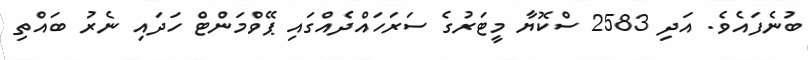
ބުނެފައެވެ. އަދި 2583 ސްކޮޔާ މީޓަރުގެ ސަރަހައްދެއްގައި ޕޭވްމަންޓް ހަދައި ނެރު ބައްތި